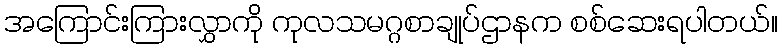
အကြောင်းကြားလွှာကို ကုလသမဂ္ဂစာချုပ်ဌာနက စစ်ဆေးရပါတယ်။